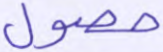
حصول